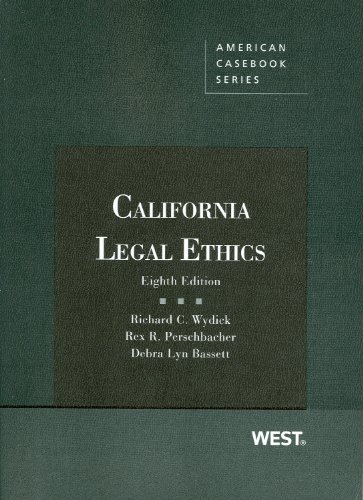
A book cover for California Legal Ethics (American Casebook Series); Richard Wydick; Law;